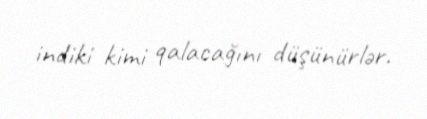
indiki kimi qalacağını düşünürlər.